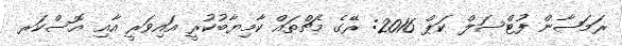
ރަމަޟާން ފުޓްސަލް ކަޕް 2016: ރޭގެ މެޗްތައް ކާމިޔާބުކުރީ އައިވަރީ އާއި އޮސްކަރ